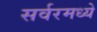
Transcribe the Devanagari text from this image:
सर्वरमध्ये